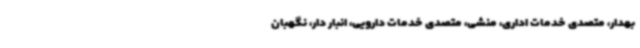
بهدار، متصدی خدمات اداری، منشی، متصدی خدمات دارویی، انبار دار، نگهبان